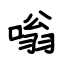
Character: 嗡